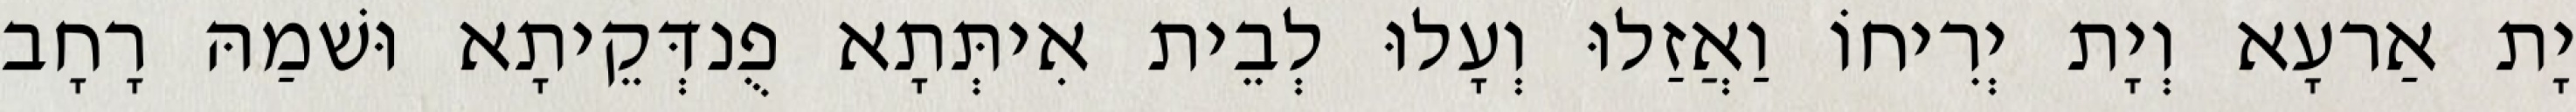
יָת אַרעָא וְיָת יְרִיחוֹ וַאֲזַלוּ וְעָלוּ לְבֵית אִיתְּתָא פֻנדְּקֵיתָא וּשׁמַהּ רָחָב